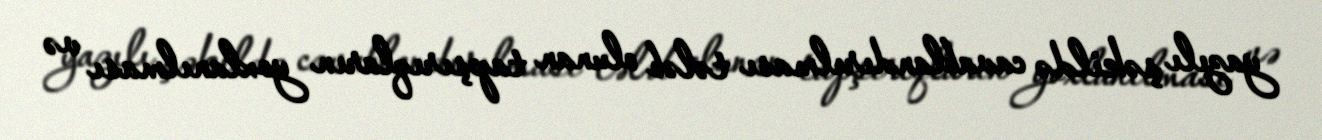
yazılı şəkildə cavablandırılması tələb olunan tapşırıqların yoxlanılması və